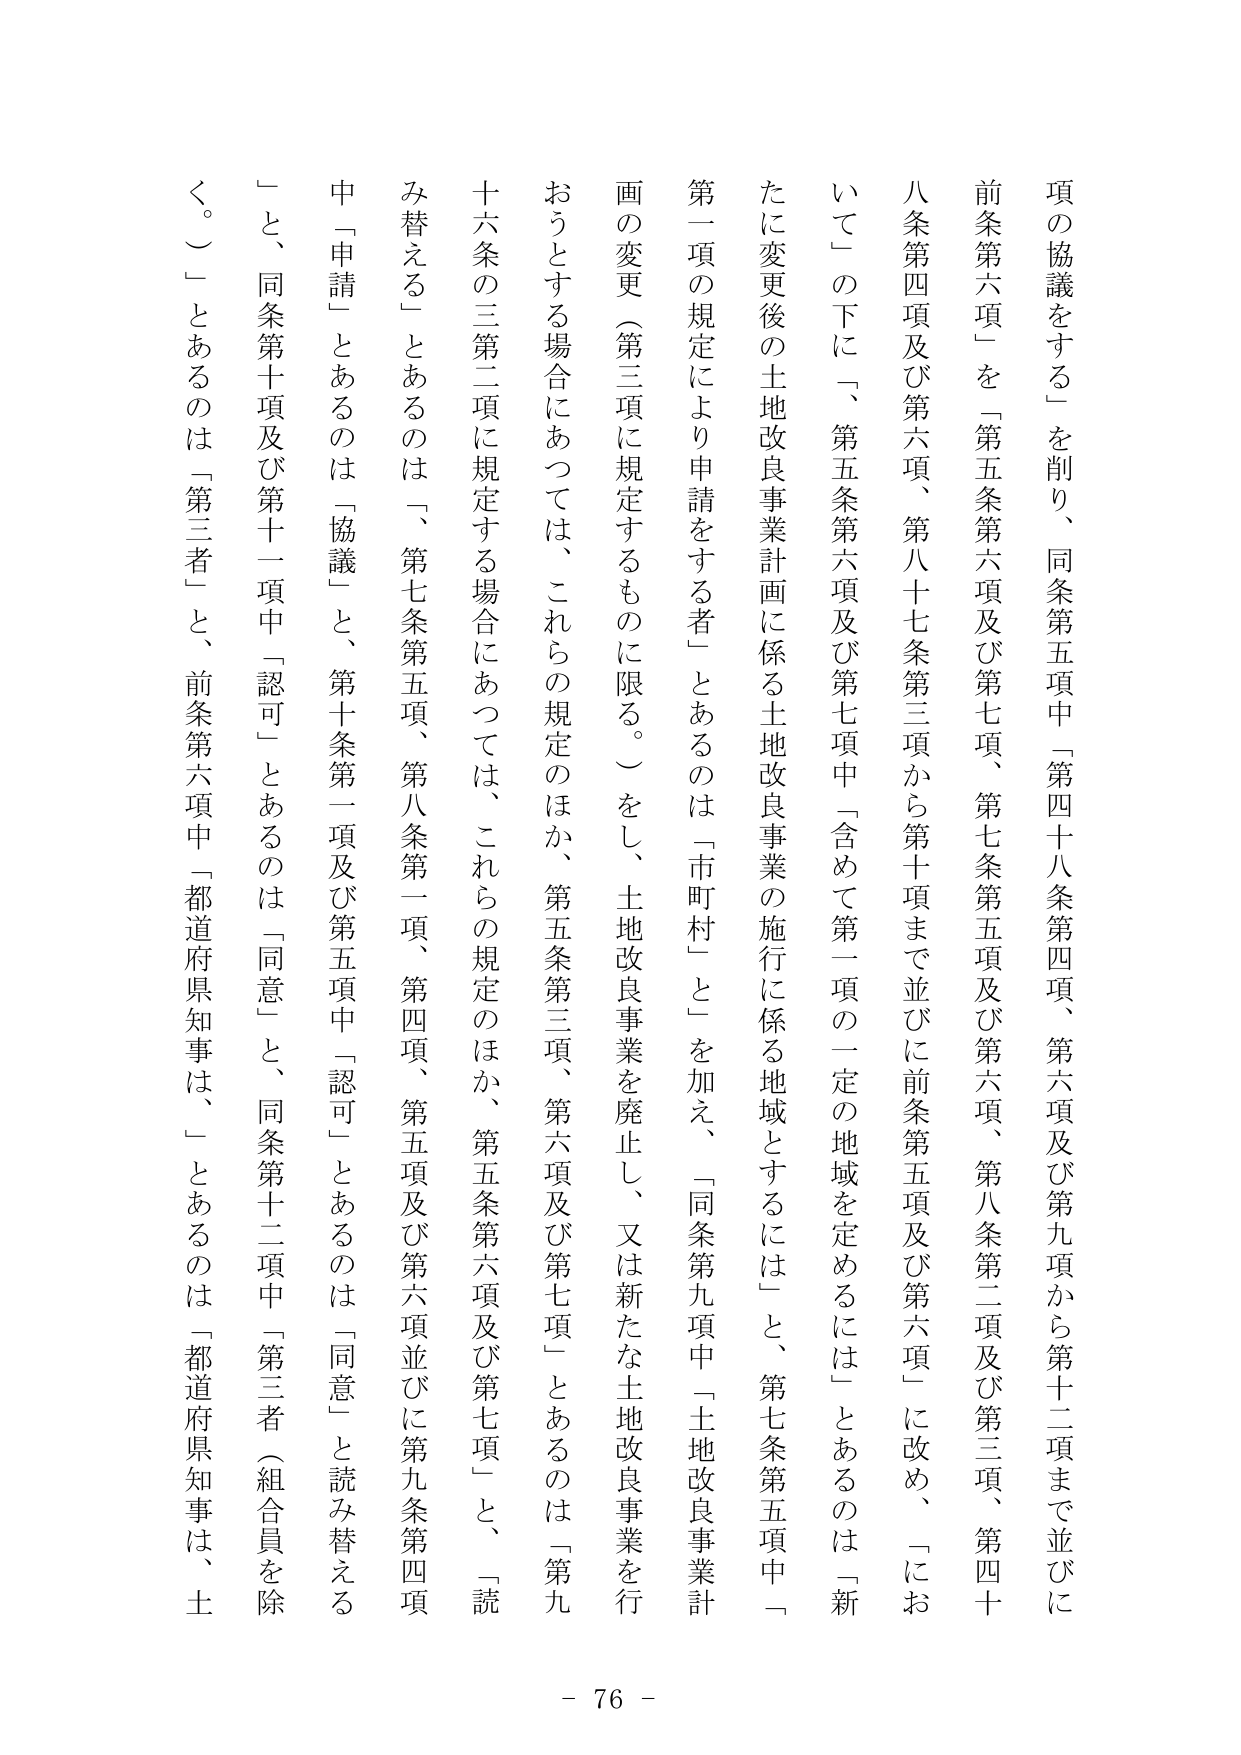
項の協議をする」を削り、同条第五項中「第四十八条第四項、第六項及び第九項から第十二項まで並びに
前条第六項」を「第五条第六項及び第七項、第七条第五項及び第六項、第八条第二項及び第三項、第四十
八条第四項及び第六項、第八十七条第三項から第十項まで並びに前条第五項及び第六項」に改め、「にお
いて」の下に「、第五条第六項及び第七項中「含めて第一項の一定の地域を定めるには」とあるのは「新
たに変更後の土地改良事業計画に係る土地改良事業の施行に係る地域とするには」と、第七条第五項中「
第一項の規定により申請をする者」とあるのは「市町村」と「を加え、「同条第九項中「土地改良事業計
画の変更（第三項に規定するものに限る。）をし、土地改良事業を廃止し、又は新たな土地改良事業を行
おうとする場合にあっては、これらの規定のほか、第五条第三項、第六項及び第七項」とあるのは「第九
十六条の三第二項に規定する場合にあっては、これらの規定のほか、第五条第六項及び第七項」と、「読
み替える」とあるのは「、第七条第五項、第八条第一項、第四項、第五項及び第六項並びに第九条第四項
中「申請」とあるのは「協議」と、第十条第一項及び第五項中「認可」とあるのは「同意」と、同条第十二項中「第三者（組合員を除
く。）」とあるのは「第三者」と、前条第六項中「都道府県知事は、」とあるのは「都道府県知事は、土
- 76 -